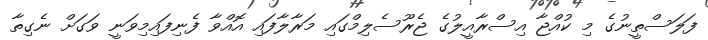
ފަލަސްތީނުގެ މި ކުއްޖާ އިސްރާއީލުގެ ޖެރޫސެލިމްގައި މަރާލާފައި އޮއްވާ ފެނިފައިމިވަނީ ވަގަށް ނެގިތާ